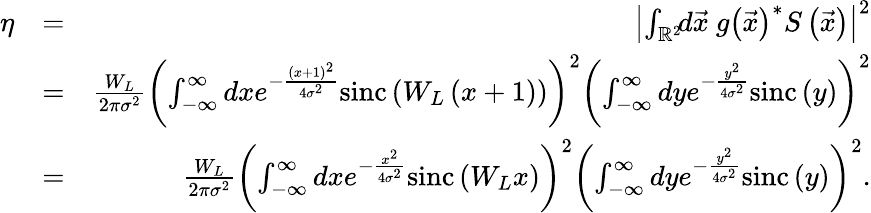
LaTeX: \begin{array}{rlr}{\eta}&{=}&{\left|\int_{\mathbb{R}^{2}}\! \! d\vec{x}\ g\left(\vec{x}\right)^{\ast}S\left(\vec{x}\right)\right|^{2}}\\ &{=}&{\frac{W_{L}}{2\pi\sigma^{2}}\left(\int_{-\infty}^{\infty}dxe^{-\frac{\left(x+1\right)^{2}}{4\sigma^{2}}}\mathrm{sinc}\left(W_{L}\left(x+1\right)\right)\right)^{2}\left(\int_{-\infty}^{\infty}dye^{-\frac{y^{2}}{4\sigma^{2}}}\mathrm{sinc}\left(y\right)\right)^{2}}\\ &{=}&{\frac{W_{L}}{2\pi\sigma^{2}}\left(\int_{-\infty}^{\infty}dxe^{-\frac{x^{2}}{4\sigma^{2}}}\mathrm{sinc}\left(W_{L}x\right)\right)^{2}\left(\int_{-\infty}^{\infty}dye^{-\frac{y^{2}}{4\sigma^{2}}}\mathrm{sinc}\left(y\right)\right)^{2}.}\end{array}